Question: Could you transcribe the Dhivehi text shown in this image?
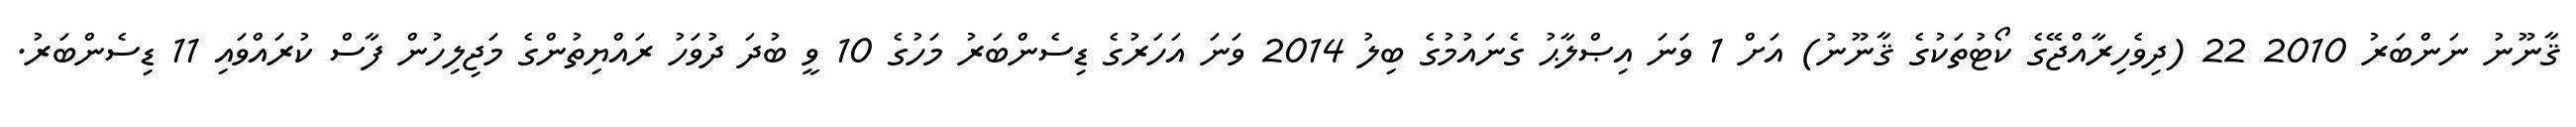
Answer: ޤާނޫނު ނަންބަރު 2010 22 (ދިވެހިރާއްޖޭގެ ކޯޓުތަކުގެ ޤާނޫނު) އަށް 1 ވަނަ އިޞްލާޙު ގެނައުމުގެ ބިލު 2014 ވަނަ އަހަރުގެ ޑިސެންބަރު މަހުގެ 10 ވީ ބުދަ ދުވަހު ރައްޔިތުންގެ މަޖިލިހުން ފާސް ކުރައްވައި 11 ޑިސެންބަރު.